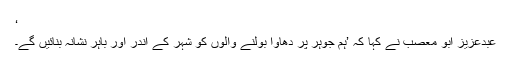
‘
عبدعزیز ابو معصب نے کہا کہ ’ہم جوہر پر دھاوا بولنے والوں کو شہر کے اندر اور باہر نشانہ بنائیں گے۔